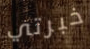
خبرتي